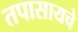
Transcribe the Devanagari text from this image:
तपासायचे